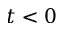
t < 0